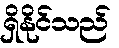
ရှိနိုင်သည်